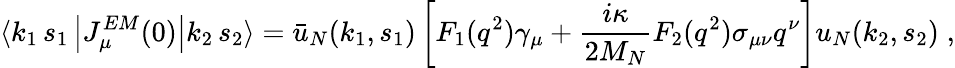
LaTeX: \langle k_{1}\, s_{1}\left|J_{\mu}^{EM}(0)\right|k_{2}\, s_{2}\rangle=\bar{u}_{N}(k_{1},s_{1})\left[F_{1}(q^{2})\gamma_{\mu}+\frac{i\kappa}{2M_{N}}F_{2}(q^{2})\sigma_{\mu\nu}q^{\nu}\right]u_{N}(k_{2},s_{2})\; ,